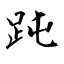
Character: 𧿬